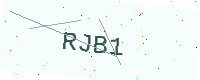
Text: RJB1